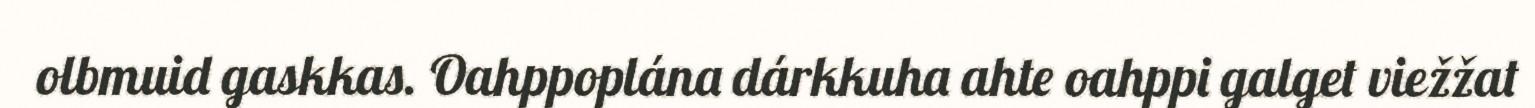
olbmuid gaskkas. Oahppoplána dárkkuha ahte oahppi galget viežžat